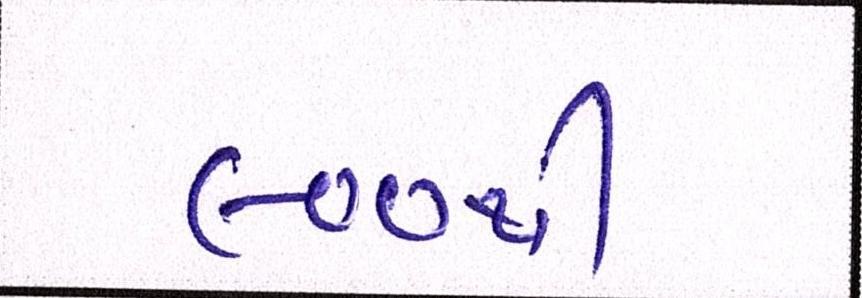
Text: ૯૦૦થી